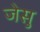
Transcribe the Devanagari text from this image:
जेसु